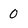
Character: 0